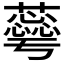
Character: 𮒦